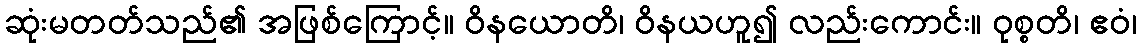
ဆုံးမတတ်သည်၏ အဖြစ်ကြောင့်။ ဝိနယောတိ၊ ဝိနယဟူ၍ လည်းကောင်း။ ဝုစ္စတိ၊ ဧဝံ၊